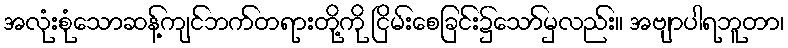
အလုံးစုံသောဆန့်ကျင်ဘက်တရားတို့ကို ငြိမ်းစေခြင်း၌သော်မှလည်း။ အဗျာပါရဘူတာ၊